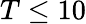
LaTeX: T\leq 10